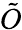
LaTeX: \tilde{O}